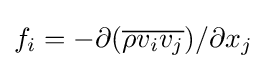
f_{i}=-{\partial }({\overline {\rho v_{i}v_{j}}})/{\partial x_{j}}